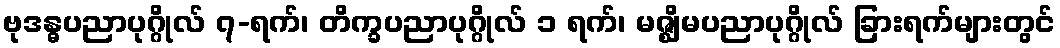
ဗုဒန္ဓပညာပုဂ္ဂိုလ် ၇-ရက်၊ တိက္ခပညာပုဂ္ဂိုလ် ၁ ရက်၊ မဇ္ဈိမပညာပုဂ္ဂိုလ် ခြားရက်များတွင်